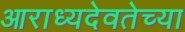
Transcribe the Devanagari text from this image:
आराध्यदेवतेच्या